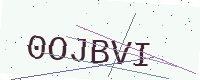
Text: 0OJBVI